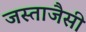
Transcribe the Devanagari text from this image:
जस्ताजैसी